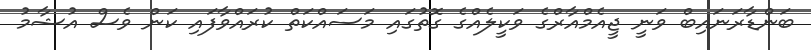
ބަންޑާރަނައިބް ވަނީ ޖީއެމްއާރްގެ ވަކީލެއްގެ ގޮތުގައި މަސައްކަތް ކުރައްވާފައި ކަން ވެސް އުޝާމު